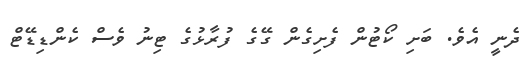
ދެނީ އެވެ. ބަށި ކޯޓުން ފެށިގެން ގޭގެ ފުރާޅުގެ ޓިނު ވެސް ކެންޑިޑޭޓް